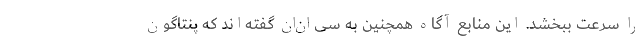
را سرعت ببخشد. این منابع آگاه همچنین به سی‌ان‌ان گفته‌اند که پنتاگون